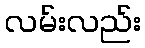
လမ်းလည်း